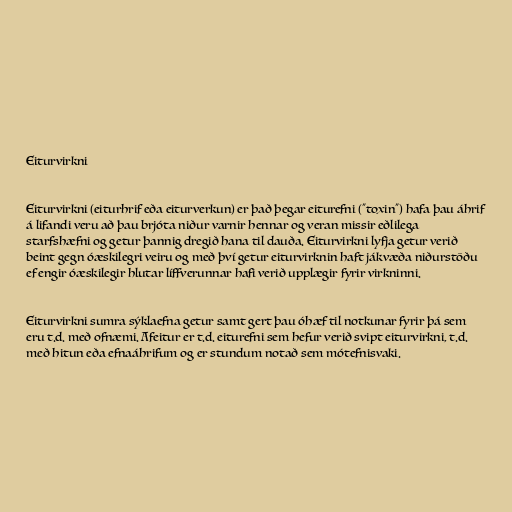
Eiturvirkni

Eiturvirkni (eiturhrif eða eiturverkun) er það þegar eiturefni ("toxin") hafa þau áhrif
á lifandi veru að þau brjóta niður varnir hennar og veran missir eðlilega
starfshæfni og getur þannig dregið hana til dauða. Eiturvirkni lyfja getur verið
beint gegn óæskilegri veiru og með því getur eiturvirknin haft jákvæða niðurstöðu
ef engir óæskilegir hlutar líffverunnar hafi verið upplægir fyrir virkninni.

Eiturvirkni sumra sýklaefna getur samt gert þau óhæf til notkunar fyrir þá sem
eru t.d. með ofnæmi. Afeitur er t.d. eiturefni sem hefur verið svipt eiturvirkni, t.d.
með hitun eða efnaáhrifum og er stundum notað sem mótefnisvaki.